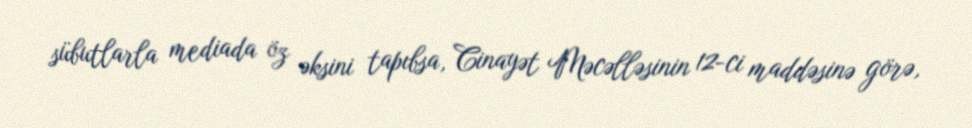
sübutlarla mediada öz əksini tapıbsa, Cinayət Məcəlləsinin 12-ci maddəsinə görə,